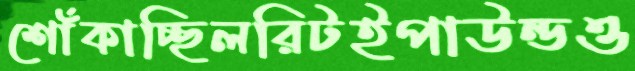
শোঁকাচ্ছিলরিটইপাউন্ডও